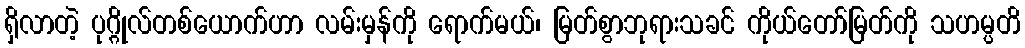
ရှိလာတဲ့ ပုဂ္ဂိုလ်တစ်ယောက်ဟာ လမ်းမှန်ကို ရောက်မယ်၊ မြတ်စွာဘုရားသခင် ကိုယ်တော်မြတ်ကို သဟမ္ပတိ